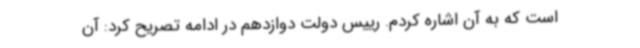
است که به آن اشاره کردم. رییس دولت دوازدهم در ادامه تصریح کرد: آن